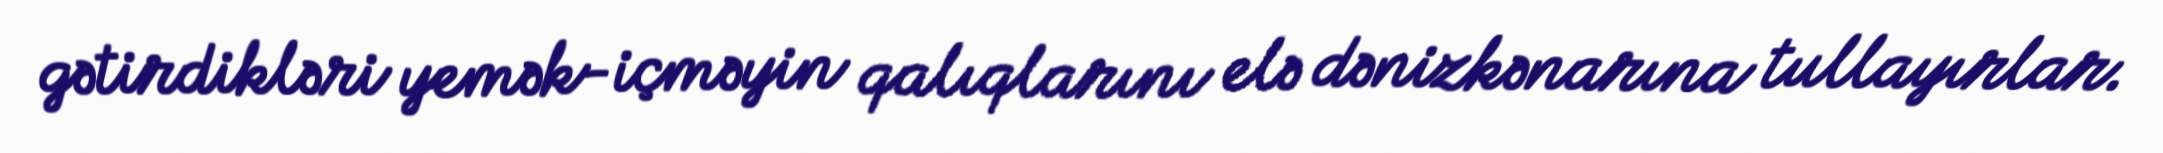
gətirdikləri yemək-içməyin qalıqlarını elə dənizkənarına tullayırlar.